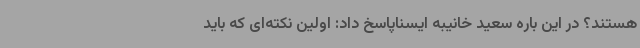
هستند؟ در این باره سعید خانیبه ایسناپاسخ داد:‌ اولین نکته‌ای که باید